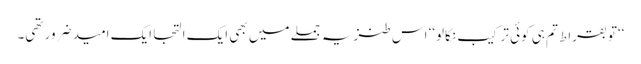
‘‘تو بقراط تم ہی کوئی ترکیب نکالو‘‘ اس طنزیہ جملے میں بھی ایک التجا ایک امید ضرور تھی۔